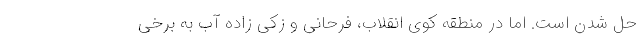
حل شدن است. اما در منطقه کوی انقلاب، فرحانی و زکی زاده آب به برخی